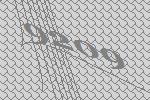
9209